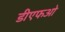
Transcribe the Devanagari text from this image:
डीएफओ